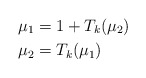
\begin{align*} \mu _1 & = 1 + T_k ( \mu_2) \\ \mu _2 & = T_k ( \mu _1 ) \end{align*}